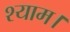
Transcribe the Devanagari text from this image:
श्याम।